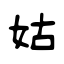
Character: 姑